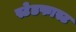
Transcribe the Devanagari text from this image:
स्टेडफास्ट